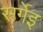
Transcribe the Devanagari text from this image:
सर्गेइ